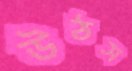
উঠস